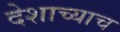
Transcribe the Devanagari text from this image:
देशाच्याच